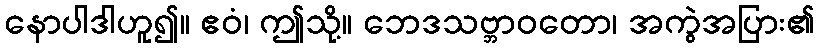
နောပါဒါဟူ၍။ ဧဝံ၊ ဤသို့။ ဘေဒသဗ္ဘာဝတော၊ အကွဲအပြား၏